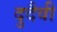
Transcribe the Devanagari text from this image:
दुदैवी